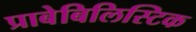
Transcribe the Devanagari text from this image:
प्राबेबिलिस्टिक